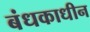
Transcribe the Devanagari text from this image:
बंधकाधीन